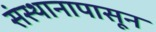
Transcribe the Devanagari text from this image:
संस्थानापासून